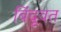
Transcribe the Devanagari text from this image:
बिंदूवत